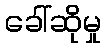
ခေါ်ဆိုမှု